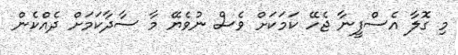
މި ގޮލާ އެސްފީނާ ޖެހޭ ކަމަކަށް ވެސް ނުވެޔޭ މާ ސާދާކަމަށް ދެއްކެން